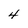
Character: 4